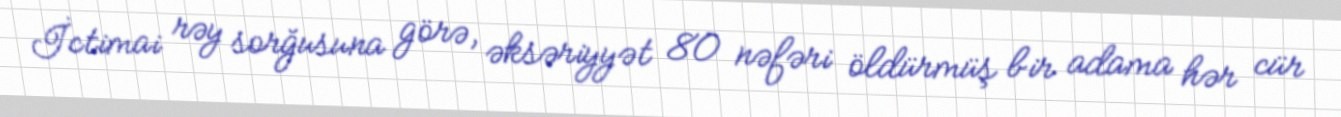
İctimai rəy sorğusuna görə, əksəriyyət 80 nəfəri öldürmüş bir adama hər cür